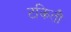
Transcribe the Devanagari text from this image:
टकितौ